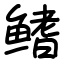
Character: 鳍